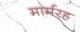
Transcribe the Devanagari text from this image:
मार्मरह